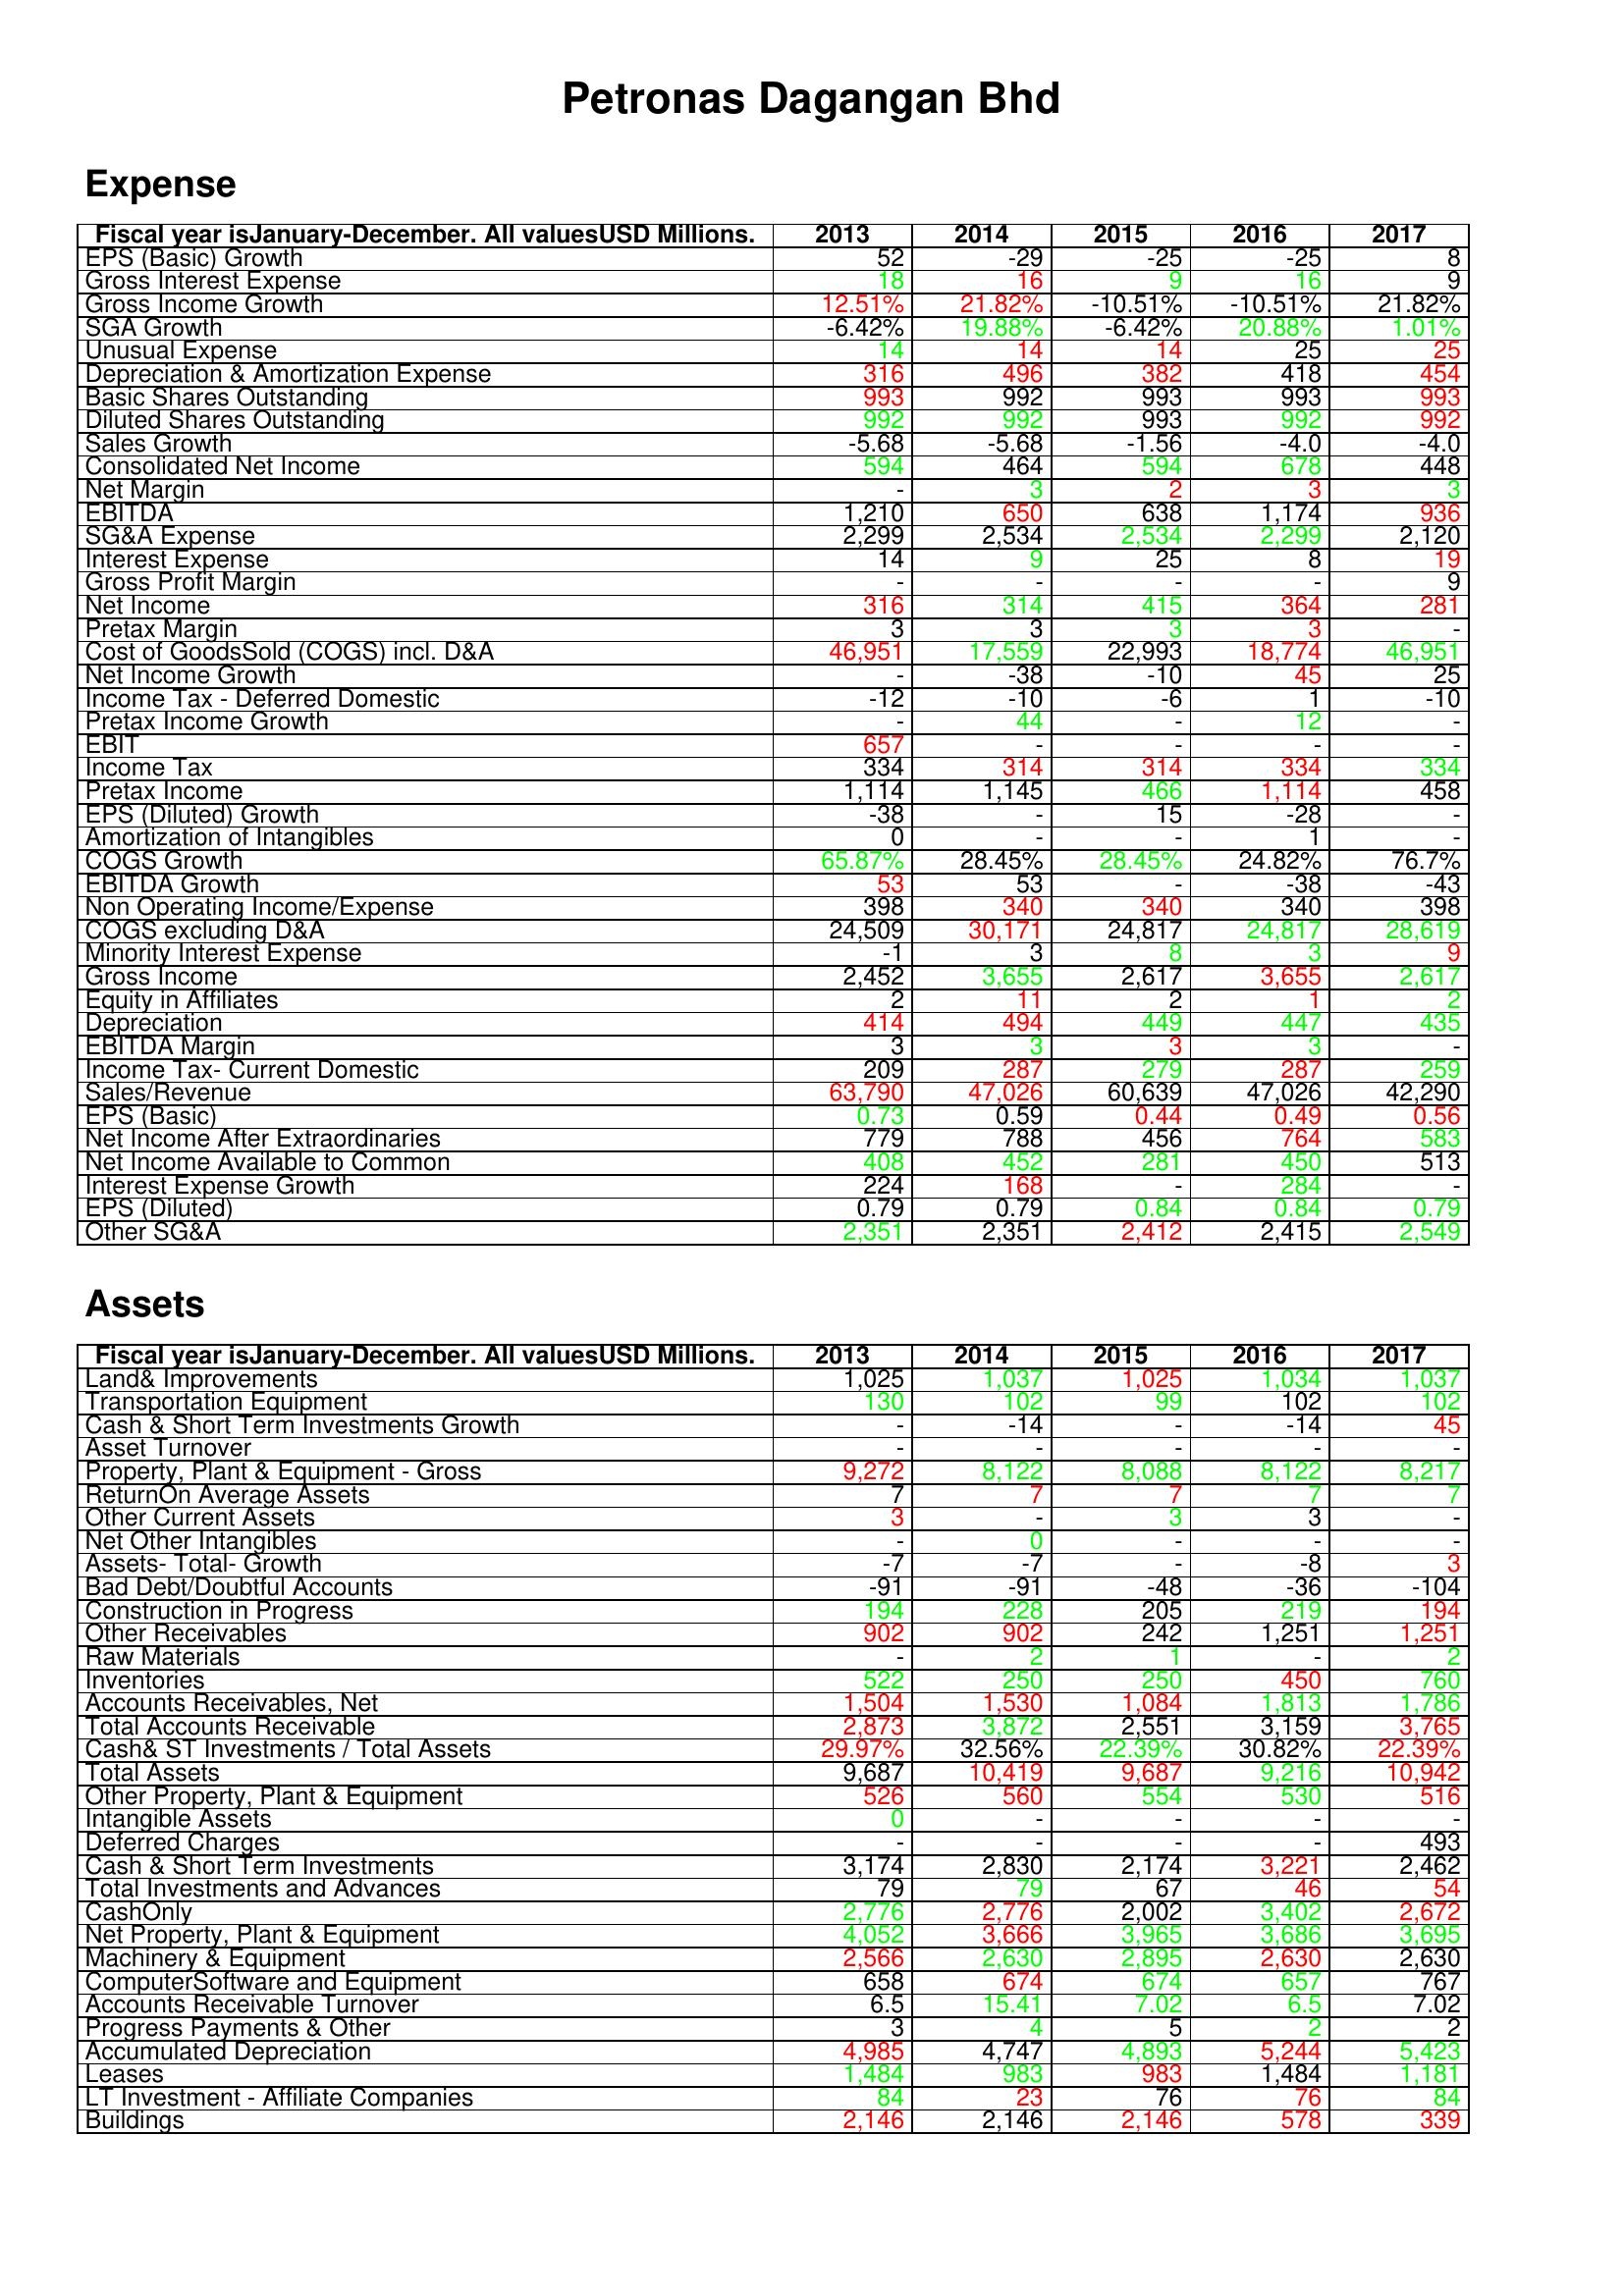
gt_parse: 2013: Expense: EPS (Basic) Growth: 52
Gross Interest Expense: 18
Gross Income Growth: 12.51%
SGA Growth: -6.42%
Unusual Expense: 14
Depreciation & Amortization Expense: 316
Basic Shares Outstanding: 993
Diluted Shares Outstanding: 992
Sales Growth: -5.68
Consolidated Net Income: 594
Net Margin: -
EBITDA: 1,210
SG&A Expense: 2,299
Interest Expense: 14
Gross Profit Margin: -
Net Income: 316
Pretax Margin: 3
Cost of GoodsSold (COGS) incl. D&A: 46,951
Net Income Growth: -
Income Tax - Deferred Domestic: -12
Pretax Income Growth: -
EBIT: 657
Income Tax: 334
Pretax Income: 1,114
EPS (Diluted) Growth: -38
Amortization of Intangibles: 0
COGS Growth: 65.87%
EBITDA Growth: 53
Non Operating Income/Expense: 398
COGS excluding D&A: 24,509
Minority Interest Expense: -1
Gross Income: 2,452
Equity in Affiliates: 2
Depreciation: 414
EBITDA Margin: 3
Income Tax- Current Domestic: 209
Sales/Revenue: 63,790
EPS (Basic): 0.73
Net Income After Extraordinaries: 779
Net Income Available to Common: 408
Interest Expense Growth: 224
EPS (Diluted): 0.79
Other SG&A: 2,351
Assets: Land& Improvements: 1,025
Transportation Equipment: 130
Cash & Short Term Investments Growth: -
Asset Turnover: -
Property, Plant & Equipment - Gross : 9,272
ReturnOn Average Assets: 7
Other Current Assets: 3
Net Other Intangibles: -
Assets- Total- Growth: -7
Bad Debt/Doubtful Accounts: -91
Construction in Progress: 194
Other Receivables: 902
Raw Materials: -
Inventories: 522
Accounts Receivables, Net: 1,504
Total Accounts Receivable: 2,873
Cash& ST Investments / Total Assets: 29.97%
Total Assets: 9,687
Other Property, Plant & Equipment: 526
Intangible Assets: 0
Deferred Charges: -
Cash & Short Term Investments: 3,174
Total Investments and Advances: 79
CashOnly: 2,776
Net Property, Plant & Equipment: 4,052
Machinery & Equipment: 2,566
ComputerSoftware and Equipment: 658
Accounts Receivable Turnover: 6.5
Progress Payments & Other: 3
Accumulated Depreciation: 4,985
Leases: 1,484
LT Investment - Affiliate Companies: 84
Buildings: 2,146
2014: Expense: EPS (Basic) Growth: -29
Gross Interest Expense: 16
Gross Income Growth: 21.82%
SGA Growth: 19.88%
Unusual Expense: 14
Depreciation & Amortization Expense: 496
Basic Shares Outstanding: 992
Diluted Shares Outstanding: 992
Sales Growth: -5.68
Consolidated Net Income: 464
Net Margin: 3
EBITDA: 650
SG&A Expense: 2,534
Interest Expense: 9
Gross Profit Margin: -
Net Income: 314
Pretax Margin: 3
Cost of GoodsSold (COGS) incl. D&A: 17,559
Net Income Growth: -38
Income Tax - Deferred Domestic: -10
Pretax Income Growth: 44
EBIT: -
Income Tax: 314
Pretax Income: 1,145
EPS (Diluted) Growth: -
Amortization of Intangibles: -
COGS Growth: 28.45%
EBITDA Growth: 53
Non Operating Income/Expense: 340
COGS excluding D&A: 30,171
Minority Interest Expense: 3
Gross Income: 3,655
Equity in Affiliates: 11
Depreciation: 494
EBITDA Margin: 3
Income Tax- Current Domestic: 287
Sales/Revenue: 47,026
EPS (Basic): 0.59
Net Income After Extraordinaries: 788
Net Income Available to Common: 452
Interest Expense Growth: 168
EPS (Diluted): 0.79
Other SG&A: 2,351
Assets: Land& Improvements: 1,037
Transportation Equipment: 102
Cash & Short Term Investments Growth: -14
Asset Turnover: -
Property, Plant & Equipment - Gross : 8,122
ReturnOn Average Assets: 7
Other Current Assets: -
Net Other Intangibles: 0
Assets- Total- Growth: -7
Bad Debt/Doubtful Accounts: -91
Construction in Progress: 228
Other Receivables: 902
Raw Materials: 2
Inventories: 250
Accounts Receivables, Net: 1,530
Total Accounts Receivable: 3,872
Cash& ST Investments / Total Assets: 32.56%
Total Assets: 10,419
Other Property, Plant & Equipment: 560
Intangible Assets: -
Deferred Charges: -
Cash & Short Term Investments: 2,830
Total Investments and Advances: 79
CashOnly: 2,776
Net Property, Plant & Equipment: 3,666
Machinery & Equipment: 2,630
ComputerSoftware and Equipment: 674
Accounts Receivable Turnover: 15.41
Progress Payments & Other: 4
Accumulated Depreciation: 4,747
Leases: 983
LT Investment - Affiliate Companies: 23
Buildings: 2,146
2015: Expense: EPS (Basic) Growth: -25
Gross Interest Expense: 9
Gross Income Growth: -10.51%
SGA Growth: -6.42%
Unusual Expense: 14
Depreciation & Amortization Expense: 382
Basic Shares Outstanding: 993
Diluted Shares Outstanding: 993
Sales Growth: -1.56
Consolidated Net Income: 594
Net Margin: 2
EBITDA: 638
SG&A Expense: 2,534
Interest Expense: 25
Gross Profit Margin: -
Net Income: 415
Pretax Margin: 3
Cost of GoodsSold (COGS) incl. D&A: 22,993
Net Income Growth: -10
Income Tax - Deferred Domestic: -6
Pretax Income Growth: -
EBIT: -
Income Tax: 314
Pretax Income: 466
EPS (Diluted) Growth: 15
Amortization of Intangibles: -
COGS Growth: 28.45%
EBITDA Growth: -
Non Operating Income/Expense: 340
COGS excluding D&A: 24,817
Minority Interest Expense: 8
Gross Income: 2,617
Equity in Affiliates: 2
Depreciation: 449
EBITDA Margin: 3
Income Tax- Current Domestic: 279
Sales/Revenue: 60,639
EPS (Basic): 0.44
Net Income After Extraordinaries: 456
Net Income Available to Common: 281
Interest Expense Growth: -
EPS (Diluted): 0.84
Other SG&A: 2,412
Assets: Land& Improvements: 1,025
Transportation Equipment: 99
Cash & Short Term Investments Growth: -
Asset Turnover: -
Property, Plant & Equipment - Gross : 8,088
ReturnOn Average Assets: 7
Other Current Assets: 3
Net Other Intangibles: -
Assets- Total- Growth: -
Bad Debt/Doubtful Accounts: -48
Construction in Progress: 205
Other Receivables: 242
Raw Materials: 1
Inventories: 250
Accounts Receivables, Net: 1,084
Total Accounts Receivable: 2,551
Cash& ST Investments / Total Assets: 22.39%
Total Assets: 9,687
Other Property, Plant & Equipment: 554
Intangible Assets: -
Deferred Charges: -
Cash & Short Term Investments: 2,174
Total Investments and Advances: 67
CashOnly: 2,002
Net Property, Plant & Equipment: 3,965
Machinery & Equipment: 2,895
ComputerSoftware and Equipment: 674
Accounts Receivable Turnover: 7.02
Progress Payments & Other: 5
Accumulated Depreciation: 4,893
Leases: 983
LT Investment - Affiliate Companies: 76
Buildings: 2,146
2016: Expense: EPS (Basic) Growth: -25
Gross Interest Expense: 16
Gross Income Growth: -10.51%
SGA Growth: 20.88%
Unusual Expense: 25
Depreciation & Amortization Expense: 418
Basic Shares Outstanding: 993
Diluted Shares Outstanding: 992
Sales Growth: -4.0
Consolidated Net Income: 678
Net Margin: 3
EBITDA: 1,174
SG&A Expense: 2,299
Interest Expense: 8
Gross Profit Margin: -
Net Income: 364
Pretax Margin: 3
Cost of GoodsSold (COGS) incl. D&A: 18,774
Net Income Growth: 45
Income Tax - Deferred Domestic: 1
Pretax Income Growth: 12
EBIT: -
Income Tax: 334
Pretax Income: 1,114
EPS (Diluted) Growth: -28
Amortization of Intangibles: 1
COGS Growth: 24.82%
EBITDA Growth: -38
Non Operating Income/Expense: 340
COGS excluding D&A: 24,817
Minority Interest Expense: 3
Gross Income: 3,655
Equity in Affiliates: 1
Depreciation: 447
EBITDA Margin: 3
Income Tax- Current Domestic: 287
Sales/Revenue: 47,026
EPS (Basic): 0.49
Net Income After Extraordinaries: 764
Net Income Available to Common: 450
Interest Expense Growth: 284
EPS (Diluted): 0.84
Other SG&A: 2,415
Assets: Land& Improvements: 1,034
Transportation Equipment: 102
Cash & Short Term Investments Growth: -14
Asset Turnover: -
Property, Plant & Equipment - Gross : 8,122
ReturnOn Average Assets: 7
Other Current Assets: 3
Net Other Intangibles: -
Assets- Total- Growth: -8
Bad Debt/Doubtful Accounts: -36
Construction in Progress: 219
Other Receivables: 1,251
Raw Materials: -
Inventories: 450
Accounts Receivables, Net: 1,813
Total Accounts Receivable: 3,159
Cash& ST Investments / Total Assets: 30.82%
Total Assets: 9,216
Other Property, Plant & Equipment: 530
Intangible Assets: -
Deferred Charges: -
Cash & Short Term Investments: 3,221
Total Investments and Advances: 46
CashOnly: 3,402
Net Property, Plant & Equipment: 3,686
Machinery & Equipment: 2,630
ComputerSoftware and Equipment: 657
Accounts Receivable Turnover: 6.5
Progress Payments & Other: 2
Accumulated Depreciation: 5,244
Leases: 1,484
LT Investment - Affiliate Companies: 76
Buildings: 578
2017: Expense: EPS (Basic) Growth: 8
Gross Interest Expense: 9
Gross Income Growth: 21.82%
SGA Growth: 1.01%
Unusual Expense: 25
Depreciation & Amortization Expense: 454
Basic Shares Outstanding: 993
Diluted Shares Outstanding: 992
Sales Growth: -4.0
Consolidated Net Income: 448
Net Margin: 3
EBITDA: 936
SG&A Expense: 2,120
Interest Expense: 19
Gross Profit Margin: 9
Net Income: 281
Pretax Margin: -
Cost of GoodsSold (COGS) incl. D&A: 46,951
Net Income Growth: 25
Income Tax - Deferred Domestic: -10
Pretax Income Growth: -
EBIT: -
Income Tax: 334
Pretax Income: 458
EPS (Diluted) Growth: -
Amortization of Intangibles: -
COGS Growth: 76.7%
EBITDA Growth: -43
Non Operating Income/Expense: 398
COGS excluding D&A: 28,619
Minority Interest Expense: 9
Gross Income: 2,617
Equity in Affiliates: 2
Depreciation: 435
EBITDA Margin: -
Income Tax- Current Domestic: 259
Sales/Revenue: 42,290
EPS (Basic): 0.56
Net Income After Extraordinaries: 583
Net Income Available to Common: 513
Interest Expense Growth: -
EPS (Diluted): 0.79
Other SG&A: 2,549
Assets: Land& Improvements: 1,037
Transportation Equipment: 102
Cash & Short Term Investments Growth: 45
Asset Turnover: -
Property, Plant & Equipment - Gross : 8,217
ReturnOn Average Assets: 7
Other Current Assets: -
Net Other Intangibles: -
Assets- Total- Growth: 3
Bad Debt/Doubtful Accounts: -104
Construction in Progress: 194
Other Receivables: 1,251
Raw Materials: 2
Inventories: 760
Accounts Receivables, Net: 1,786
Total Accounts Receivable: 3,765
Cash& ST Investments / Total Assets: 22.39%
Total Assets: 10,942
Other Property, Plant & Equipment: 516
Intangible Assets: -
Deferred Charges: 493
Cash & Short Term Investments: 2,462
Total Investments and Advances: 54
CashOnly: 2,672
Net Property, Plant & Equipment: 3,695
Machinery & Equipment: 2,630
ComputerSoftware and Equipment: 767
Accounts Receivable Turnover: 7.02
Progress Payments & Other: 2
Accumulated Depreciation: 5,423
Leases: 1,181
LT Investment - Affiliate Companies: 84
Buildings: 339